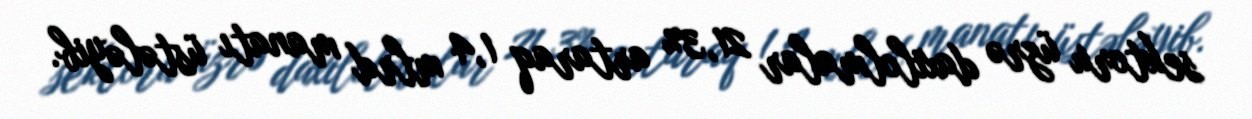
sektoru üzrə daxilolmalar 21,3% artaraq 1,4 mlrd manatı üstələyib.